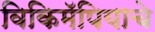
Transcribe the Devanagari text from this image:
विकिमॅपियाचे